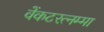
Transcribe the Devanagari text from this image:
वेंकटरत्नम्मा